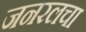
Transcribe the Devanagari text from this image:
जनरलचा